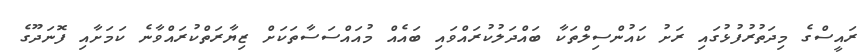
ރައީސްގެ މިދަތުރުފުޅުގައި ރަށު ކައުންސިލްތަކާ ބައްދަލުކުރައްވައި ބައެއް މުއައްސަސާތަކަށް ޒިޔާރަތްކުރައްވާނެ ކަމަށާއި ފޮނަދޫގެ